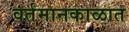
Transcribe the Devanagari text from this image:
वर्तमानकाळात